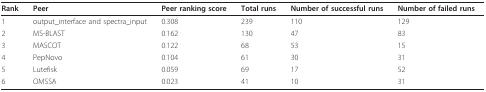
<table><thead><tr><td><b>Rank</b></td><td><b>Peer</b></td><td><b>Peer ranking score</b></td><td><b>Total runs</b></td><td><b>Number of successful runs</b></td><td><b>Number of failed runs</b></td></tr></thead><tbody><tr><td>1</td><td>output_interface and spectra_input</td><td>0.308</td><td>239</td><td>110</td><td>129</td></tr><tr><td>2</td><td>MS-BLAST</td><td>0.162</td><td>130</td><td>47</td><td>83</td></tr><tr><td>3</td><td>MASCOT</td><td>0.122</td><td>68</td><td>53</td><td>15</td></tr><tr><td>4</td><td>PepNovo</td><td>0.104</td><td>61</td><td>30</td><td>31</td></tr><tr><td>5</td><td>Lutefisk</td><td>0.059</td><td>69</td><td>17</td><td>52</td></tr><tr><td>6</td><td>OMSSA</td><td>0.023</td><td>41</td><td>10</td><td>31</td></tr></tbody></table>